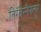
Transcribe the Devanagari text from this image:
तिरॅवेन्नैनलुर